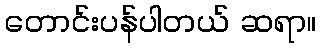
တောင်းပန်ပါတယ် ဆရာ။